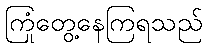
ကြုံတွေ့နေကြရသည်